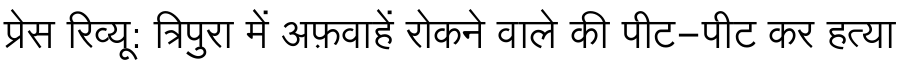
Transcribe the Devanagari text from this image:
प्रेस रिव्यू: त्रिपुरा में अफ़वाहें रोकने वाले की पीट-पीट कर हत्या